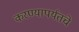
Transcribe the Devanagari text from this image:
करण्यापर्यंतचे